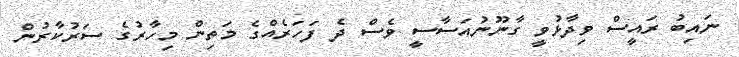
ނައިބު ރައީސް ވިދާޅުވީ ގާނޫނުއަސާސީ ވެސް ދެ ފަހަރެއްގެ މަތިން މިހާރުގެ ސަރުކާރުން